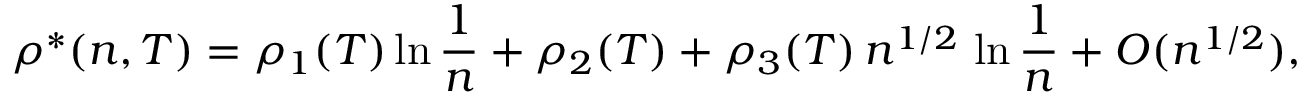
\rho ^ { * } ( n , T ) = \rho _ { 1 } ( T ) \ln \frac { 1 } { n } + \rho _ { 2 } ( T ) + \rho _ { 3 } ( T ) \, n ^ { 1 / 2 } \, \ln \frac { 1 } { n } + { \cal O } ( n ^ { 1 / 2 } ) ,